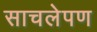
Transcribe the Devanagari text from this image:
साचलेपण